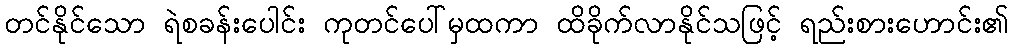
တင်နိုင်သော ရဲစခန်းပေါင်း ကုတင်ပေါ်မှထကာ ထိခိုက်လာနိုင်သဖြင့် ရည်းစားဟောင်း၏